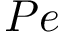
P e